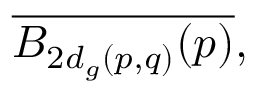
{ \overline { { B _ { 2 d _ { g } ( p , q ) } ( p ) } } } ,